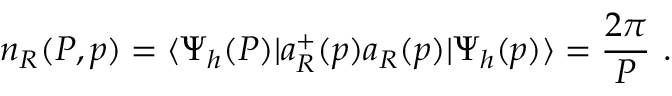
n _ { R } ( P , p ) = \langle \Psi _ { h } ( P ) | a _ { R } ^ { + } ( p ) a _ { R } ( p ) | \Psi _ { h } ( p ) \rangle = \frac { 2 \pi } P \ .